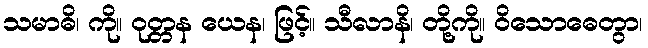
သမာဓိ၊ ကို။ ဝုတ္တန ယေန၊ ဖြင့်။ သီလာနိ၊ တို့ကို။ ဝိသောဓေတွာ၊